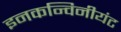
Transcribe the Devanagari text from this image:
इनकन्विनीयंट